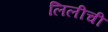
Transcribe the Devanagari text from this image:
लिलीची